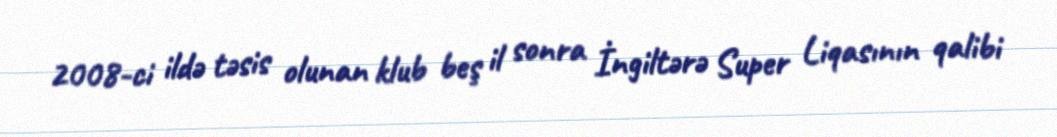
2008-ci ildə təsis olunan klub beş il sonra İngiltərə Super Liqasının qalibi